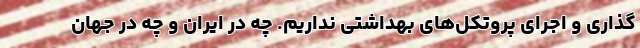
گذاری و اجرای پروتکل‌های بهداشتی نداریم. چه در ایران و چه در جهان